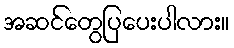
အဆင်တွေပြပေးပါလား။